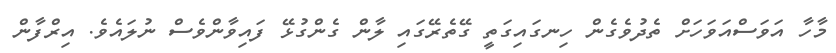
މާހާ އަވަސްއަވަހަށް ތެދުވެގެން ހިނގައިގަތީ ގޭތެރޭގައި ލާން ގެންގުޅޭ ފައިވާންވެސް ނުލައެވެ. އިރްފާން